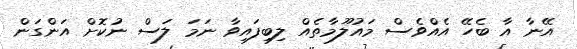
އޭނާ އާ ބެހޭ އެއްވެސް މައުލޫމާތެއް ލިބިފައިވާ ނަމަ ލަސް ނުކޮށް އަންގަން